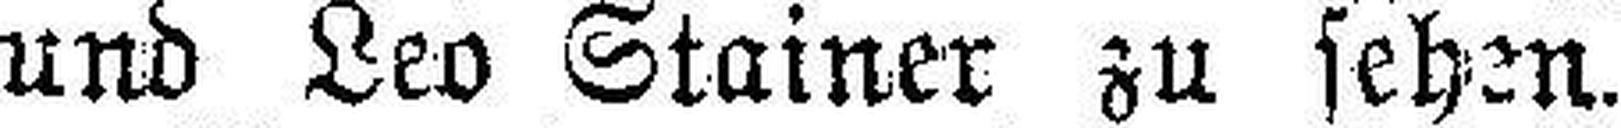
und Leo Stainer zu sehen.